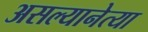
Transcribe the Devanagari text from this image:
असल्यानेत्या